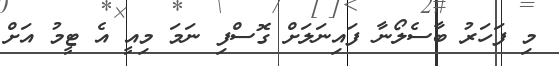
މި ފަހަރު ބާސެލޯނާ ފައިނަލަށް ގޮސްފި ނަމަ މިއީ އެ ޓީމު އަށް